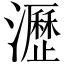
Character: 瀝